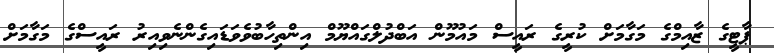
ޕާޓީގެ ޒާއިމްގެ މަގާމަށް ކުރީގެ ރައީސް މައުމޫން އަބްދުލްގައްޔޫމް އިންތިހާބުވެވަޑައިގެންނެވިއިރު ރައީސްގެ މަގާމަށް